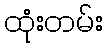
ထုံးတမ်း